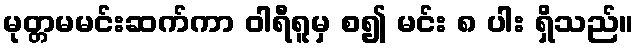
မုတ္တမမင်းဆက်ကာ ဝါရီရူမှ စ၍ မင်း ၈ ပါး ရှိသည်။